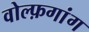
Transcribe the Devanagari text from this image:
वोल्फ़गांग